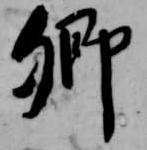
卿